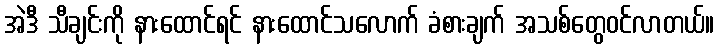
အဲဒီ သီချင်းကို နားထောင်ရင် နားထောင်သလောက် ခံစားချက် အသစ်တွေဝင်လာတယ်။